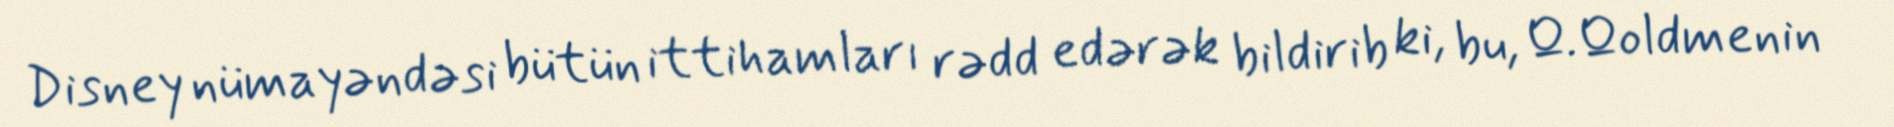
Disney nümayəndəsi bütün ittihamları rədd edərək bildirib ki, bu, Q.Qoldmenin